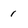
Character: 1